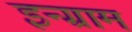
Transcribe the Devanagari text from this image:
इन्ग्राम